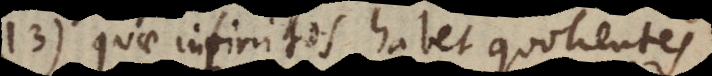
13) quae infinitos habet quotientes